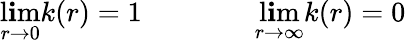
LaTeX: \operatorname*{l\mathbf{i}m}_{r\rightarrow0}k(r)=1\qquad\qquad\operatorname*{l\mathbf{i}m}_{r\rightarrow\infty}k(r)=0